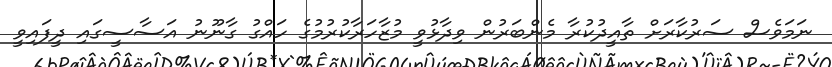
ނަމަވެސް ސަރުކާރަށް ތާއީދުކުރާ މެންބަރުން ވިދާޅުވީ މުޒާހަރާކުރުމުގެ ހައްގު ގާނޫނު އަސާސީގައި ދީފައިވީ